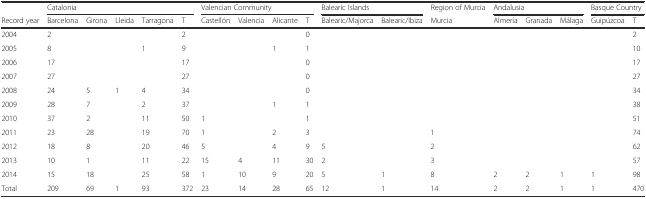
<table><thead><tr><td></td><td colspan="5"><b>Catalonia</b></td><td colspan="4"><b>Valencian Community</b></td><td colspan="2"><b>Balearic Islands</b></td><td><b>Region of Murcia</b></td><td colspan="3"><b>Andalusia</b></td><td colspan="2"><b>Basque Country</b></td></tr><tr><td><b>Record year</b></td><td><b>Barcelona</b></td><td><b>Girona</b></td><td><b>Lleida</b></td><td><b>Tarragona</b></td><td><b>T</b></td><td><b>Castellón</b></td><td><b>Valencia</b></td><td><b>Alicante</b></td><td><b>T</b></td><td><b>Balearic/Majorca</b></td><td><b>Balearic/Ibiza</b></td><td><b>Murcia</b></td><td><b>Almería</b></td><td><b>Granada</b></td><td><b>Málaga</b></td><td><b>Guipúzcoa</b></td><td><b>T</b></td></tr></thead><tbody><tr><td>2004</td><td>2</td><td></td><td></td><td></td><td>2</td><td></td><td></td><td></td><td>0</td><td></td><td></td><td></td><td></td><td></td><td></td><td></td><td>2</td></tr><tr><td>2005</td><td>8</td><td></td><td></td><td>1</td><td>9</td><td></td><td></td><td>1</td><td>1</td><td></td><td></td><td></td><td></td><td></td><td></td><td></td><td>10</td></tr><tr><td>2006</td><td>17</td><td></td><td></td><td></td><td>17</td><td></td><td></td><td></td><td>0</td><td></td><td></td><td></td><td></td><td></td><td></td><td></td><td>17</td></tr><tr><td>2007</td><td>27</td><td></td><td></td><td></td><td>27</td><td></td><td></td><td></td><td>0</td><td></td><td></td><td></td><td></td><td></td><td></td><td></td><td>27</td></tr><tr><td>2008</td><td>24</td><td>5</td><td>1</td><td>4</td><td>34</td><td></td><td></td><td></td><td>0</td><td></td><td></td><td></td><td></td><td></td><td></td><td></td><td>34</td></tr><tr><td>2009</td><td>28</td><td>7</td><td></td><td>2</td><td>37</td><td></td><td></td><td>1</td><td>1</td><td></td><td></td><td></td><td></td><td></td><td></td><td></td><td>38</td></tr><tr><td>2010</td><td>37</td><td>2</td><td></td><td>11</td><td>50</td><td>1</td><td></td><td></td><td>1</td><td></td><td></td><td></td><td></td><td></td><td></td><td></td><td>51</td></tr><tr><td>2011</td><td>23</td><td>28</td><td></td><td>19</td><td>70</td><td>1</td><td></td><td>2</td><td>3</td><td></td><td></td><td>1</td><td></td><td></td><td></td><td></td><td>74</td></tr><tr><td>2012</td><td>18</td><td>8</td><td></td><td>20</td><td>46</td><td>5</td><td></td><td>4</td><td>9</td><td>5</td><td></td><td>2</td><td></td><td></td><td></td><td></td><td>62</td></tr><tr><td>2013</td><td>10</td><td>1</td><td></td><td>11</td><td>22</td><td>15</td><td>4</td><td>11</td><td>30</td><td>2</td><td></td><td>3</td><td></td><td></td><td></td><td></td><td>57</td></tr><tr><td>2014</td><td>15</td><td>18</td><td></td><td>25</td><td>58</td><td>1</td><td>10</td><td>9</td><td>20</td><td>5</td><td>1</td><td>8</td><td>2</td><td>2</td><td>1</td><td>1</td><td>98</td></tr><tr><td>Total</td><td>209</td><td>69</td><td>1</td><td>93</td><td>372</td><td>23</td><td>14</td><td>28</td><td>65</td><td>12</td><td>1</td><td>14</td><td>2</td><td>2</td><td>1</td><td>1</td><td>470</td></tr></tbody></table>